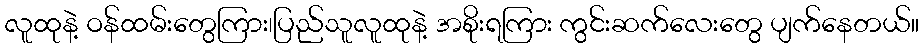
လူထုနဲ့ ဝန်ထမ်းတွေကြား၊ပြည်သူလူထုနဲ့ အစိုးရကြား ကွင်းဆက်လေးတွေ ပျက်နေတယ်။